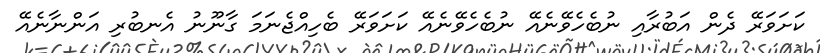
ކަށަވަރޭ ދެން އަބުރާއި ނުބެހެވޭނެއޭ ނުބެހެވޭނެއޭ ކަށަވަރޭ ބެހިއްޖެނަމަ ގާނޫނު އެނބުރި އަންނާނެއޭ